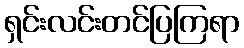
ရှင်းလင်းတင်ပြကြရာ